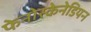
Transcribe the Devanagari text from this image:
फेनोस्केनेडियन